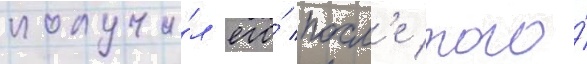
получи́л его́ посл'е того́